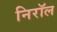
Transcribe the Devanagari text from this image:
निरॉल